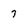
Character: 7